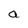
Character: a